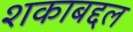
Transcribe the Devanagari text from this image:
शकाबद्दल